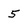
Character: 5